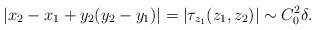
LaTeX: \begin{align*}|x_2-x_1+y_2(y_2-y_1)|=|\tau_{z_1}(z_1,z_2)|\sim C_0^2 \delta.\end{align*}